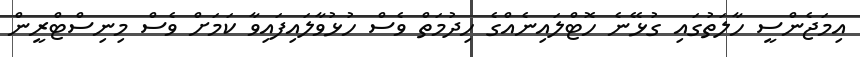
އިމަޖެންސީ ހާލަތުގައި ގުޅޭނެ ހޮޓްލައިނެއްގެ ހިދުމަތް ވެސް ހުޅުވާލައިފައިވާ ކަމަށް ވެސްް މިނިސްޓްރީން